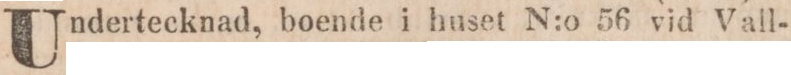
Undertecknad, boende i huset N:o 56 vid Vall-